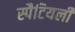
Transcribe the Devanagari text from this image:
स्पैटियली